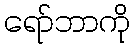
ရော်ဘာကို